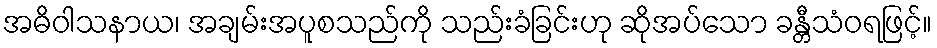
အဓိဝါသနာယ၊ အချမ်းအပူစသည်ကို သည်းခံခြင်းဟု ဆိုအပ်သော ခန္တီသံဝရဖြင့်။